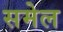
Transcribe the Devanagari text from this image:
समेल